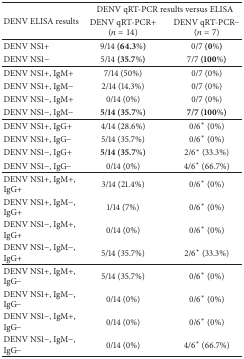
<table><thead><tr><td rowspan="2"><b> DENV ELISA results</b></td><td colspan="2"><b>DENV qRT-PCR results versus ELISA</b></td></tr><tr><td><b>DENV qRT-PCR+ (<i>n</i> = 14)</b></td><td><b>DENV qRT-PCR− (<i>n</i> = 7)</b></td></tr></thead><tbody><tr><td>DENV NS1+</td><td>9/14 <b>(64.3%)</b></td><td>0/7 <b>(0%)</b></td></tr><tr><td>DENV NS1−</td><td>5/14 <b>(35.7%)</b></td><td>7/7 <b>(100%)</b></td></tr><tr><td>DENV NS1+, IgM+</td><td>7/14 (50%)</td><td>0/7 (0%)</td></tr><tr><td>DENV NS1+, IgM−</td><td>2/14 (14.3%)</td><td>0/7 (0%)</td></tr><tr><td>DENV NS1−, IgM+</td><td>0/14 (0%)</td><td>0/7 (0%)</td></tr><tr><td>DENV NS1−, IgM−</td><td><b>5/14 (35.7%)</b></td><td><b>7/7 (100%)</b></td></tr><tr><td>DENV NS1+, IgG+</td><td>4/14 (28.6%)</td><td>0/6<sup><i>∗</i></sup> (0%)</td></tr><tr><td>DENV NS1+, IgG−</td><td>5/14 (35.7%)</td><td>0/6<sup><i>∗</i></sup> (0%)</td></tr><tr><td>DENV NS1−, IgG+</td><td><b>5/14 (35.7%)</b></td><td>2/6<sup><i>∗</i></sup> (33.3%)</td></tr><tr><td>DENV NS1−, IgG−</td><td>0/14 (0%)</td><td>4/6<sup><i>∗</i></sup> (66.7%)</td></tr><tr><td>DENV NS1+, IgM+, IgG+</td><td>3/14 (21.4%)</td><td>0/6<sup><i>∗</i></sup> (0%)</td></tr><tr><td>DENV NS1+, IgM−, IgG+</td><td>1/14 (7%)</td><td>0/6<sup><i>∗</i></sup> (0%)</td></tr><tr><td>DENV NS1−, IgM+, IgG+</td><td>0/14 (0%)</td><td>0/6<sup><i>∗</i></sup> (0%)</td></tr><tr><td>DENV NS1−, IgM−, IgG+</td><td>5/14 (35.7%)</td><td>2/6<sup><i>∗</i></sup> (33.3%)</td></tr><tr><td>DENV NS1+, IgM+, IgG−</td><td>5/14 (35.7%)</td><td>0/6<sup><i>∗</i></sup> (0%)</td></tr><tr><td>DENV NS1+, IgM−, IgG−</td><td>0/14 (0%)</td><td>0/6<sup><i>∗</i></sup> (0%)</td></tr><tr><td>DENV NS1−, IgM+, IgG−</td><td>0/14 (0%)</td><td>0/6<sup><i>∗</i></sup> (0%)</td></tr><tr><td>DENV NS1−, IgM−, IgG−</td><td>0/14 (0%)</td><td>4/6<sup><i>∗</i></sup> (66.7%)</td></tr></tbody></table>